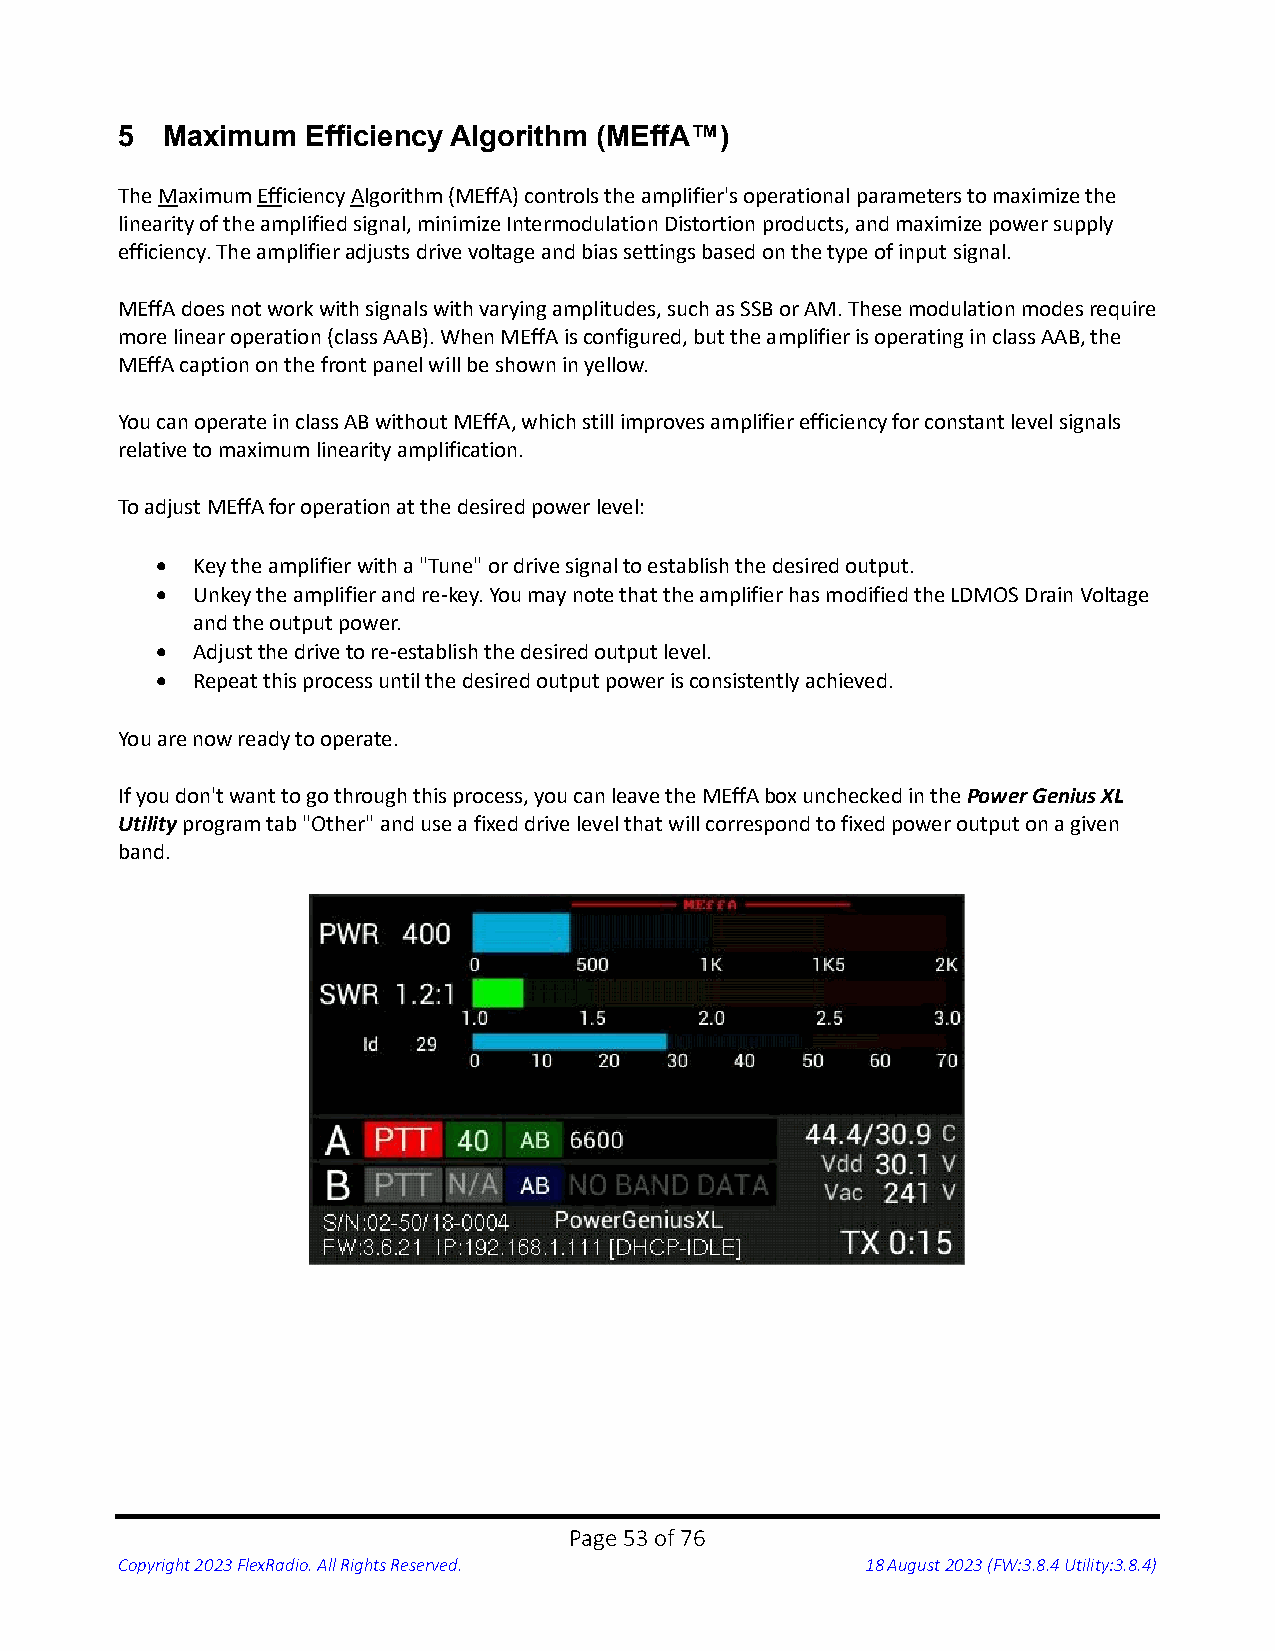
5  Maximum  Efficiency Algorithm (MEffA™)
 The Maximum Efficiency Algorithm (MEffA) controls the amplifier's operational parameters to maximize the
 linearity of the amplified signal, minimize Intermodulation Distortion products, and maximize power supply
 efficiency. The amplifier adjusts drive voltage and bias settings based on the type of input signal.
 MEffA does not work with signals with varying amplitudes, such as SSB or AM. These modulation modes require
 more linear operation (class AAB). When MEffA is configured, but the amplifier is operating in class AAB, the
 MEffA caption on the front panel will be shown in yellow.
 You can operate in class AB without MEffA, which still improves amplifier efficiency for constant level signals
 relative to maximum linearity amplification.
 To adjust MEffA for operation at the desired power level:
 •  Key the amplifier with a "Tune" or drive signal to establish the desired output.
 •  Unkey the amplifier and re-key. You may note that the amplifier has modified the LDMOS Drain Voltage
 and the output power.
 •  Adjust the drive to re-establish the desired output level.
 •  Repeat this process until the desired output power is consistently achieved.
 You are now ready to operate.
 If you don't want to go through this process, you can leave the MEffA box unchecked in the Power Genius XL
 Utility program tab "Other" and use a fixed drive level that will correspond to fixed power output on a given
 band.
 Page 53 of 76
 Copyright 2023 FlexRadio. All Rights Reserved.   18 August 2023 (FW:3.8.4 Utility:3.8.4)